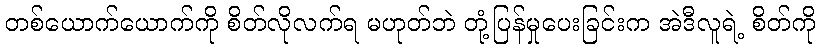
တစ်ယောက်ယောက်ကို စိတ်လိုလက်ရ မဟုတ်ဘဲ တုံ့ပြန်မှုပေးခြင်းက အဲဒီလူရဲ့ စိတ်ကို